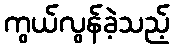
ကွယ်လွန်ခဲ့သည့်